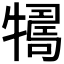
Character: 𤛴